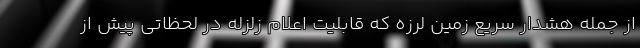
از جمله هشدار سریع زمین لرزه که قابلیت اعلام زلزله در لحظاتی پیش از